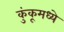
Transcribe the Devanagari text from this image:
कुंकूमध्ये